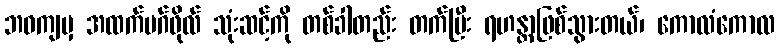
ဘဝကျမှ အထက်မဂ်ဖိုလ် သုံးဆင့်ကို တစ်ခါတည်း တက်ပြီး ရဟန္တာဖြစ်သွားတယ်၊ ကောလံကောလ